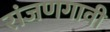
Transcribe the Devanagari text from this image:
रांजणगावी